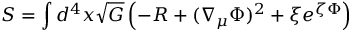
{ \cal S } = \int d ^ { 4 } x \sqrt { G } \left( - R + ( \nabla _ { \mu } \Phi ) ^ { 2 } + \xi e ^ { \zeta \Phi } \right)